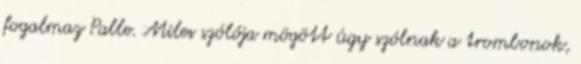
fogalmaz Palle. Miles szólója mögött úgy szólnak a trombonok,